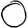
Digit: 0